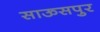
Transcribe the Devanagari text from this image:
साऊसपुर